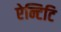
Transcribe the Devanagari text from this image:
ऐन्टिटि